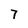
Character: 7